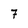
Character: 7